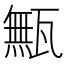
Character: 甒